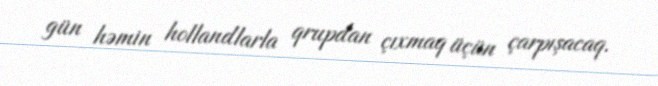
gün həmin hollandlarla qrupdan çıxmaq üçün çarpışacaq.